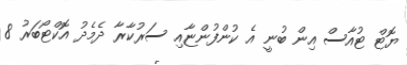
ޔޮޓް ޓުއާސް އިން ބުނީ އެ ކުންފުންޏާއި ސަރުކާރާ ދެމެދު އޮކްޓޯބަރު 8